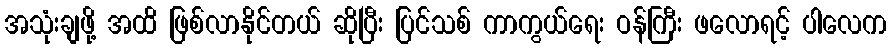
အသုံးချဖို့ အထိ ဖြစ်လာနိုင်တယ် ဆိုပြီး ပြင်သစ် ကာကွယ်ရေး ဝန်ကြီး ဖလောရင့် ပါလေက